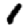
Digit: 1